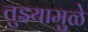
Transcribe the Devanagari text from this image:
तुझ्यामुळे